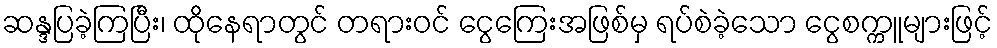
ဆန္ဒပြခဲ့ကြပြီး၊ ထိုနေရာတွင် တရားဝင် ငွေကြေးအဖြစ်မှ ရပ်စဲခဲ့သော ငွေစက္ကူများဖြင့်